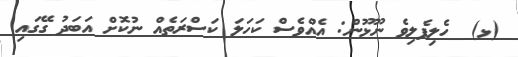
(ޅ)  ހެލިފެލިވެ ނޫޅޫން: އެއްވެސް ކަހަލަ ކަސްރަތެއް ނުކޮށް އަބަދު ގޭގައި